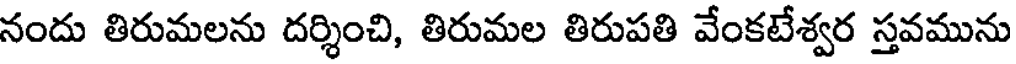
నందు తిరుమలను దర్శించి, తిరుమల తిరుపతి వేంకటేశ్వర స్తవమును